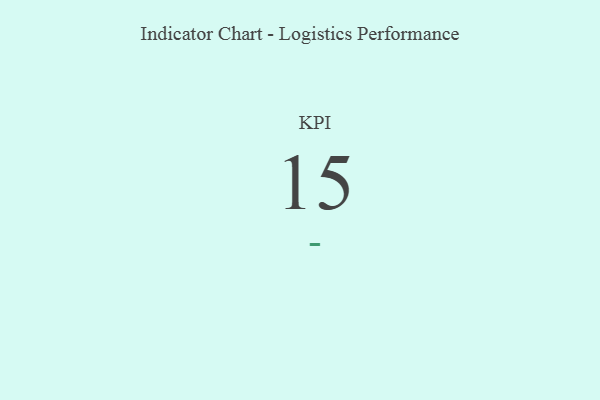
{"axis": {"x": "KPI", "y": "Value"}, "legend": [""], "data": [{"x": "KPI", "y": 15, "type": ""}]}